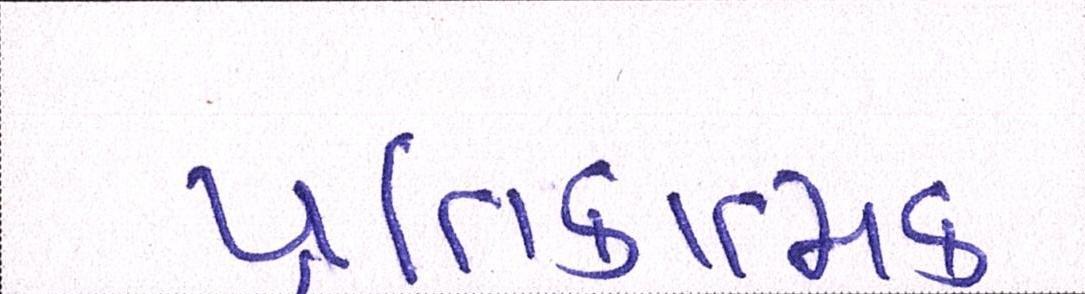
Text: પ્રતિકાત્મક